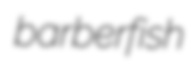
barberfish